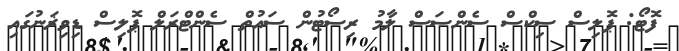
ފޮޓޯ: ޕޮލިސް ސިކްސް ސެންސަސް ލާމު ރިސޯޓުން ސައުތް ސެންޓްރަލް ޕޮލިސް ޑިވިޜަނުގައި